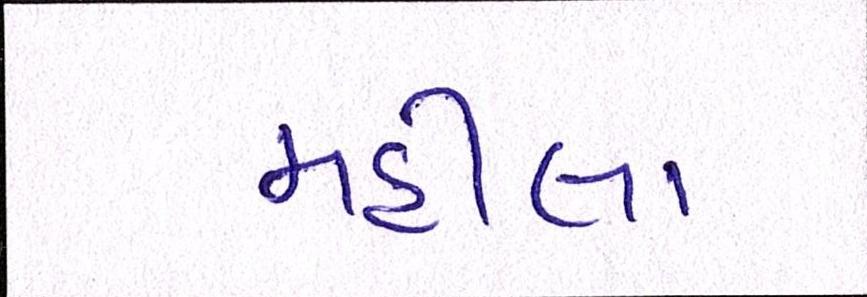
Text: મહીલા